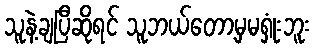
သူနဲ့ချပြီဆိုရင် သူဘယ်တော့မှမရှုံးဘူး